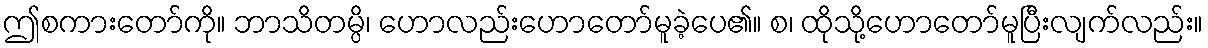
ဤစကားတော်ကို။ ဘာသိတမ္ပိ၊ ဟောလည်းဟောတော်မူခဲ့ပေ၏။ စ၊ ထိုသို့ဟောတော်မူပြီးလျက်လည်း။